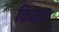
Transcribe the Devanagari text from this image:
किकाज